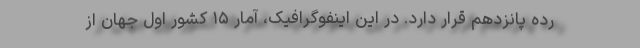
رده پانزدهم قرار دارد. در این اینفوگرافیک، آمار ۱۵ کشور اول جهان از